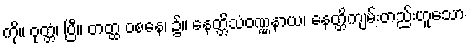
ကို။ ဝုတ္တံ၊ ပြီ။ တတ္ထ ဝစနေ၊ ၌။ နေတ္တိသံဝဏ္ဏနာယ၊ နေတ္တိကျမ်းတည်းဟူသော